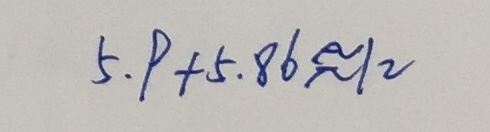
5 . 9 + 5 . 8 6 \approx 1 2